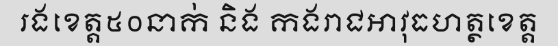
រងខេត្ត៥០នាក់ និង កងរាជអាវុធហត្ថខេត្ត